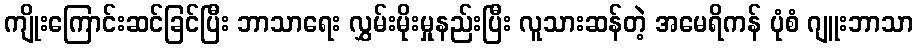
ကျိုးကြောင်းဆင်ခြင်ပြီး ဘာသာရေး လွှမ်းမိုးမှုနည်းပြီး လူသားဆန်တဲ့ အမေရိကန် ပုံစံ ဂျူးဘာသာ